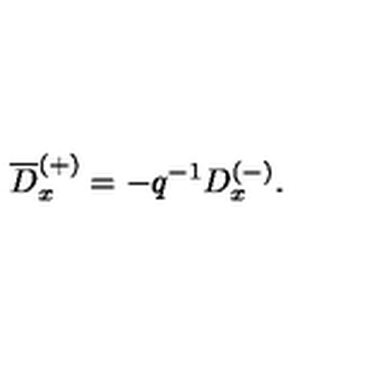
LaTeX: \overline { { D } } _ { x } ^ { ( + ) } = - q ^ { - 1 } D _ { x } ^ { ( - ) } .